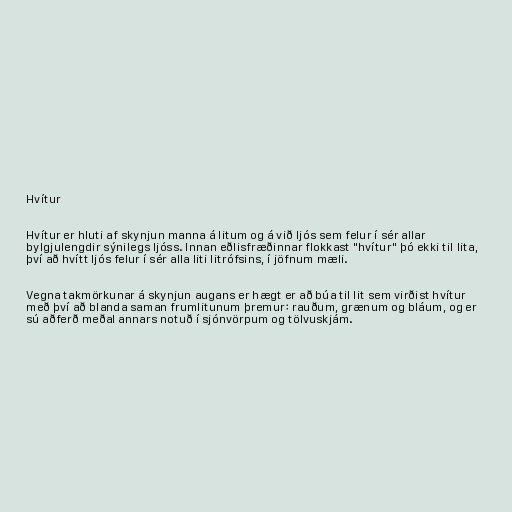
Hvítur

Hvítur er hluti af skynjun manna á litum og á við ljós sem felur í sér allar
bylgjulengdir sýnilegs ljóss. Innan eðlisfræðinnar flokkast "hvítur" þó ekki til lita,
því að hvítt ljós felur í sér alla liti litrófsins, í jöfnum mæli.

Vegna takmörkunar á skynjun augans er hægt er að búa til lit sem virðist hvítur
með því að blanda saman frumlitunum þremur: rauðum, grænum og bláum, og er
sú aðferð meðal annars notuð í sjónvörpum og tölvuskjám.